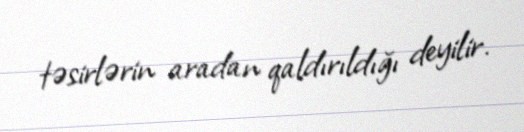
təsirlərin aradan qaldırıldığı deyilir.